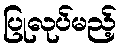
ပြုလုပ်မည့်